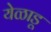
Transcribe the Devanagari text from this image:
येळाडू